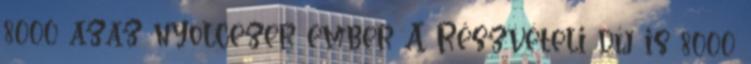
8000 azaz nyolcezer ember A Részvételi díj is 8000